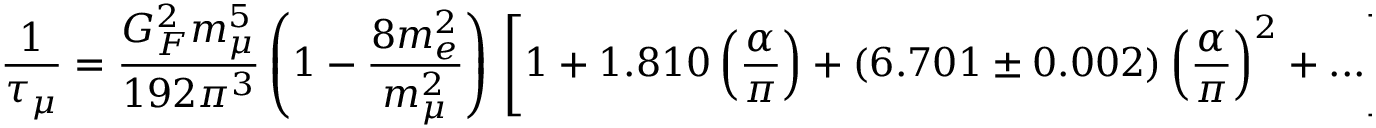
\frac { 1 } { \tau _ { \mu } } = \frac { G _ { F } ^ { 2 } m _ { \mu } ^ { 5 } } { 1 9 2 \pi ^ { 3 } } \left( 1 - \frac { 8 m _ { e } ^ { 2 } } { m _ { \mu } ^ { 2 } } \right) \, \nonumber \left[ 1 + 1 . 8 1 0 \left( \frac { \alpha } { \pi } \right) + ( 6 . 7 0 1 \pm 0 . 0 0 2 ) \left( \frac { \alpha } { \pi } \right) ^ { 2 } + . . . \right] \, .